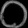
Digit: ၀